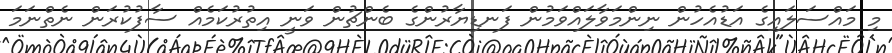
މި މައްސަލައިގެ އަޑުއެހުން ނިންމަވާލައްވަމުން ފަނޑިޔާރުންގެ ބެންޗުން ވަނީ އިތުރުކަމެއް ސާފުކުރަން ނެތްނަމަ